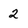
Character: 2